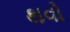
થવો